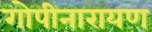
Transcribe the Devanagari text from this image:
गोपीनारायण